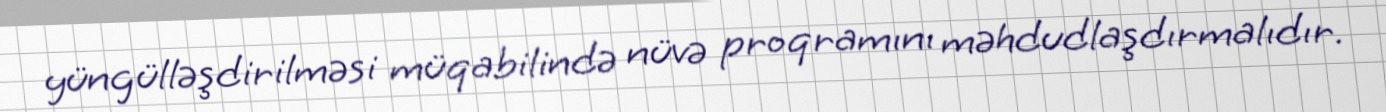
yüngülləşdirilməsi müqabilində nüvə proqramını məhdudlaşdırmalıdır.